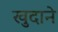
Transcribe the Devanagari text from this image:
खुदाने